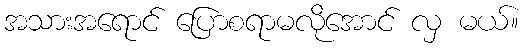
အသားအရောင် ပြောစရာမလိုအောင် လှ မယ်။